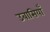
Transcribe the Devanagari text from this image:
उबासियाँ